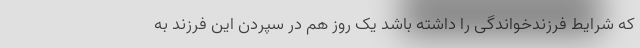
که شرایط فرزندخواندگی را داشته باشد یک روز هم در سپردن این فرزند به